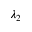
\lambda _ { 2 }